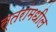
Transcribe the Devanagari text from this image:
स्तरांमधील